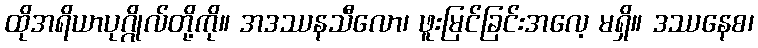
ထိုအရိယာပုဂ္ဂိုလ်တို့ကို။ အဒဿနသီလော၊ ဖူးမြင်ခြင်းအလေ့ မရှိ။ ဒဿနေစ၊